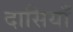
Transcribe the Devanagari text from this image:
दासियाँ